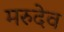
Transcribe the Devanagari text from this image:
मरुदेव